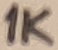
Text: 1K